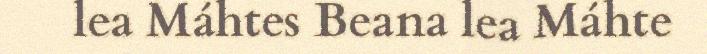
lea Máhtes Beana lea Máhte